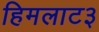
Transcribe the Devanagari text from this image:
हिमलाट३